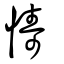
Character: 懤